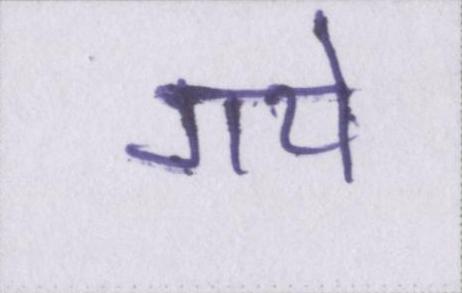
गये